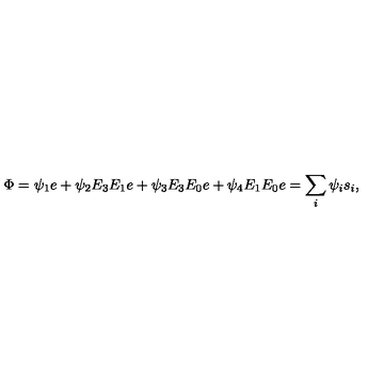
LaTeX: \Phi = \psi _ { 1 } e + \psi _ { 2 } E _ { 3 } E _ { 1 } e + \psi _ { 3 } E _ { 3 } E _ { 0 } e + \psi _ { 4 } E _ { 1 } E _ { 0 } e = \sum _ { i } \psi _ { i } s _ { i } ,